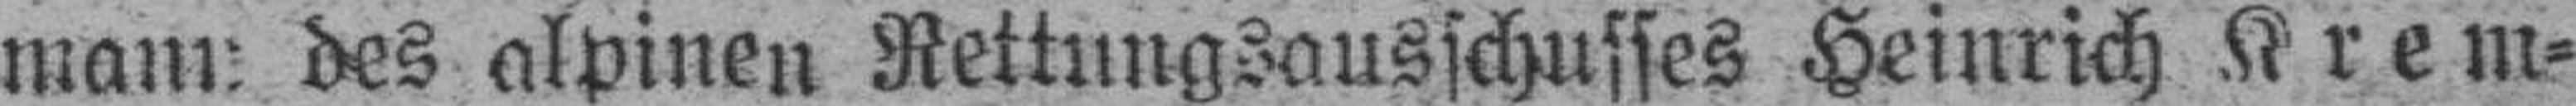
mann, des alpinen Rettungsausschusses Heinrich Krem¬